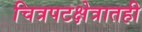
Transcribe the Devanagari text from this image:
चित्रपटक्षेत्रातही